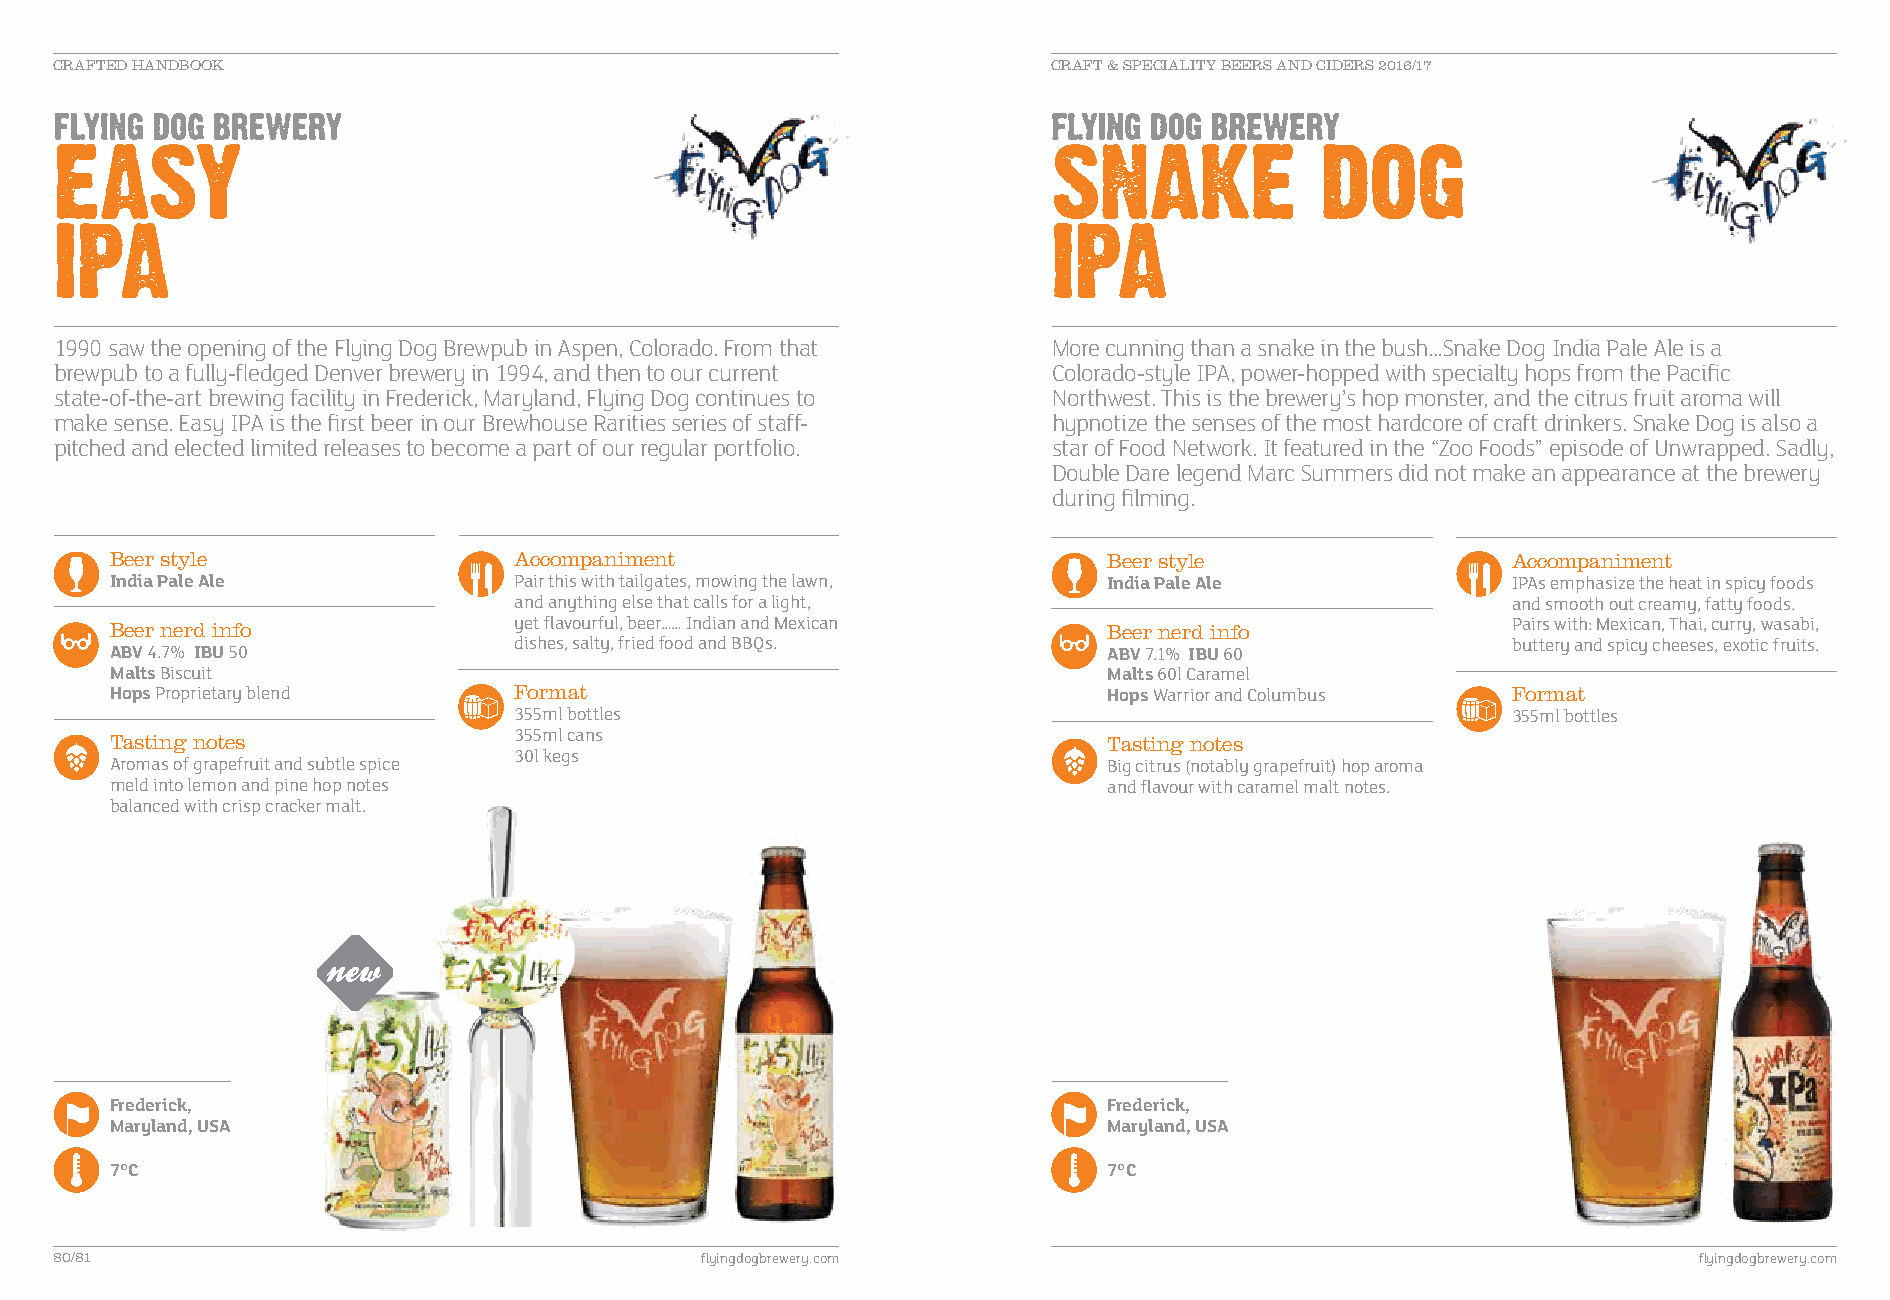
CRAFTED HANDBOOK                                                  CRAFT & SPECIALITY BEERS AND CIDERS 2016/17
 1990 saw the opening of the Flying Dog Brewpub in Aspen, Colorado. From that More cunning than a snake in the bush...Snake Dog India Pale Ale is a
 brewpub to a fully-fledged Denver brewery in 1994, and then to our current Colorado-style IPA, power-hopped with specialty hops from the Pacific
 state-of-the-art brewing facility in Frederick, Maryland, Flying Dog continues to Northwest. This is the brewery’s hop monster, and the citrus fruit aroma will
 make sense. Easy IPA is the first beer in our Brewhouse Rarities series of staff- hypnotize the senses of the most hardcore of craft drinkers. Snake Dog is also a
 pitched and elected limited releases to become a part of our regular portfolio. star of Food Network. It featured in the “Zoo Foods” episode of Unwrapped. Sadly,
 Double Dare legend Marc Summers did not make an appearance at the brewery
 during filming.
 Beer style                 Accompaniment                          Beer style                 Accompaniment
 India Pale Ale             Pair this with tailgates, mowing the lawn, India Pale Ale         IPAs emphasize the heat in spicy foods
 and anything else that calls for a light,                         and smooth out creamy, fatty foods.
 Beer nerd info             yet flavourful, beer…… Indian and Mexican Beer nerd info          Pairs with: Mexican, Thai, curry, wasabi,
 dishes, salty, fried food and BBQs.                               buttery and spicy cheeses, exotic fruits.
 ABV 4.7% IBU 50                                                   ABV 7.1% IBU 60
 Malts Biscuit                                                     Malts 60l Caramel
 Hops P roprietary blend    Format                                 Hops W arrior and Columbus Format
 355ml bottles                                                     355ml bottles
 Tasting notes              355ml cans                             Tasting notes
 Aromas of grapefruit and subtle spice
 30l kegs
 Big citrus (notably grapefruit) hop aroma
 meld into lemon and pine hop notes                                and flavour with caramel malt notes.
 balanced with crisp cracker malt.
 Frederick,                                                        Frederick,
 Maryland, USA                                                     Maryland, USA
 7°C                                                               7°C
 80/81                                     flyingdogbrewery.com                                              flyingdogbrewery.com